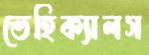
ভেহিক্যালস